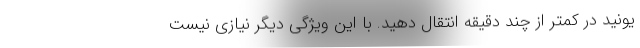
یونید در کمتر از چند دقیقه انتقال دهید. با این ویژگی دیگر نیازی نیست